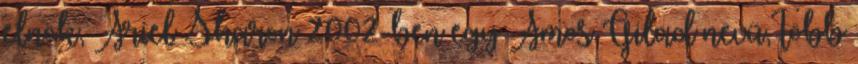
elnök, Ariel Sharon 2002-ben egy Amos Gilad nevű, több